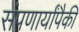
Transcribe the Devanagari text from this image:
संपणार्यांपैकी